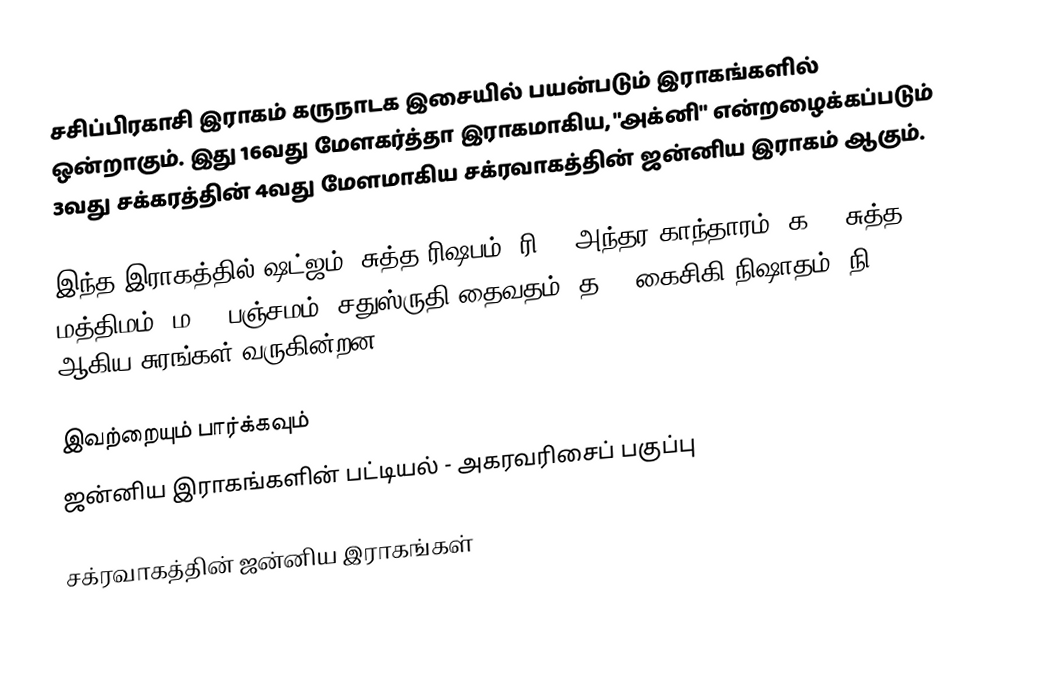
சசிப்பிரகாசி இராகம் கருநாடக இசையில் பயன்படும் இராகங்களில் ஒன்றாகும். இது 16வது மேளகர்த்தா இராகமாகிய, "அக்னி" என்றழைக்கப்படும் 3வது சக்கரத்தின் 4வது மேளமாகிய சக்ரவாகத்தின் ஜன்னிய இராகம் ஆகும்.

இந்த இராகத்தில் ஷட்ஜம், சுத்த ரிஷபம் (ரி1),  அந்தர காந்தாரம் (க3), சுத்த மத்திமம் (ம1), பஞ்சமம்,  சதுஸ்ருதி தைவதம் (த2), கைசிகி நிஷாதம்  (நி2) ஆகிய சுரங்கள் வருகின்றன.

இவற்றையும் பார்க்கவும்
 ஜன்னிய இராகங்களின் பட்டியல் - அகரவரிசைப் பகுப்பு

சக்ரவாகத்தின் ஜன்னிய இராகங்கள்